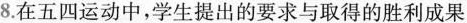
8.在五四运动中，学生提出的要求与取得的胜利成果